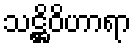
သဋ္ဌိဝိဟာရာ